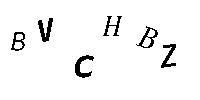
BVCHBZ